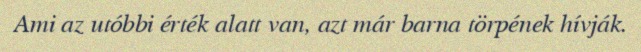
Ami az utóbbi érték alatt van, azt már barna törpének hívják.